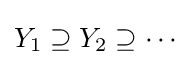
Y_{1}\supseteq Y_{2}\supseteq \cdots